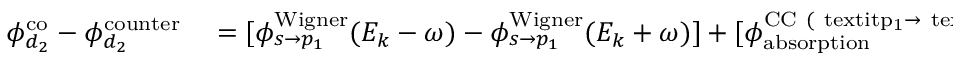
\begin{array} { r l } { \phi _ { d _ { 2 } } ^ { \mathrm { { c o } } } - \phi _ { d _ { 2 } } ^ { \mathrm { { c o u n t e r } } } } & { { } = [ \phi _ { s \rightarrow p _ { 1 } } ^ { \mathrm { { W i g n e r } } } ( E _ { k } - \omega ) - \phi _ { s \rightarrow p _ { 1 } } ^ { \mathrm { { W i g n e r } } } ( E _ { k } + \omega ) ] + [ \phi _ { \mathrm { { a b s o r p t i o n } } } ^ { \mathrm { { C C } ~ ( \ t e x t i t { p } _ { 1 } \rightarrow \ t e x t i t { d } _ { 2 } ) } } ( E _ { k } - \omega ; E _ { k } ) - \phi _ { \mathrm { { e m i s s i o n } } } ^ { \mathrm { { C C } ~ ( \ t e x t i t { p } _ { 1 } \rightarrow \ t e x t i t { d } _ { 2 } ) } } ( E _ { k } + \omega ; E _ { k } ) ] } \end{array}